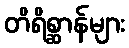
တိရိစ္ဆာန်များ